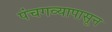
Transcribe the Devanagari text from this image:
पंचगव्यापासून